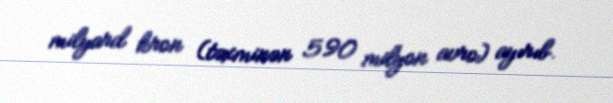
milyard kron (təxminən 590 milyon avro) ayırıb.